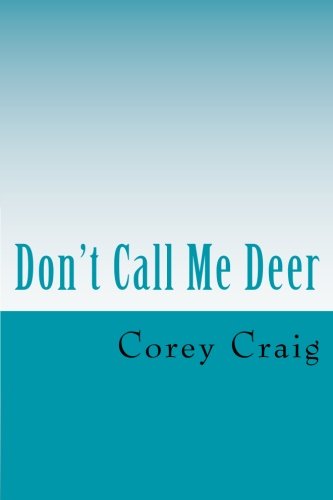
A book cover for Don't Call Me Deer; Corey Craig; Humor & Entertainment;